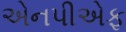
એનપીએફ